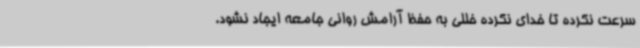
سرعت نکرده تا خدای نکرده خللی به حفظ آرامش روانی جامعه ایجاد نشود.